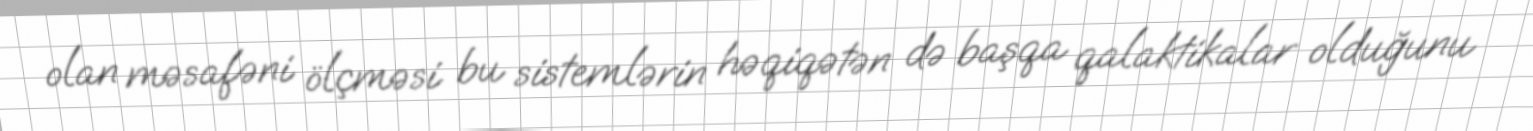
olan məsafəni ölçməsi bu sistemlərin həqiqətən də başqa qalaktikalar olduğunu